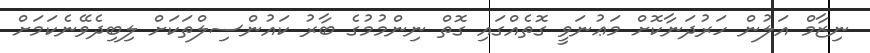
ނިޒާމް އަލުން ހަރުދަނާކޮށް މަޢުނަވީ ގޮތެއްގައި ގޮތް ނިންމުމުގެ ބާރު ކައުންސިލްތަކަށް ލިބިދެވޭނެކަމަށް